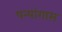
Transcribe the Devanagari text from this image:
षन्यांगास